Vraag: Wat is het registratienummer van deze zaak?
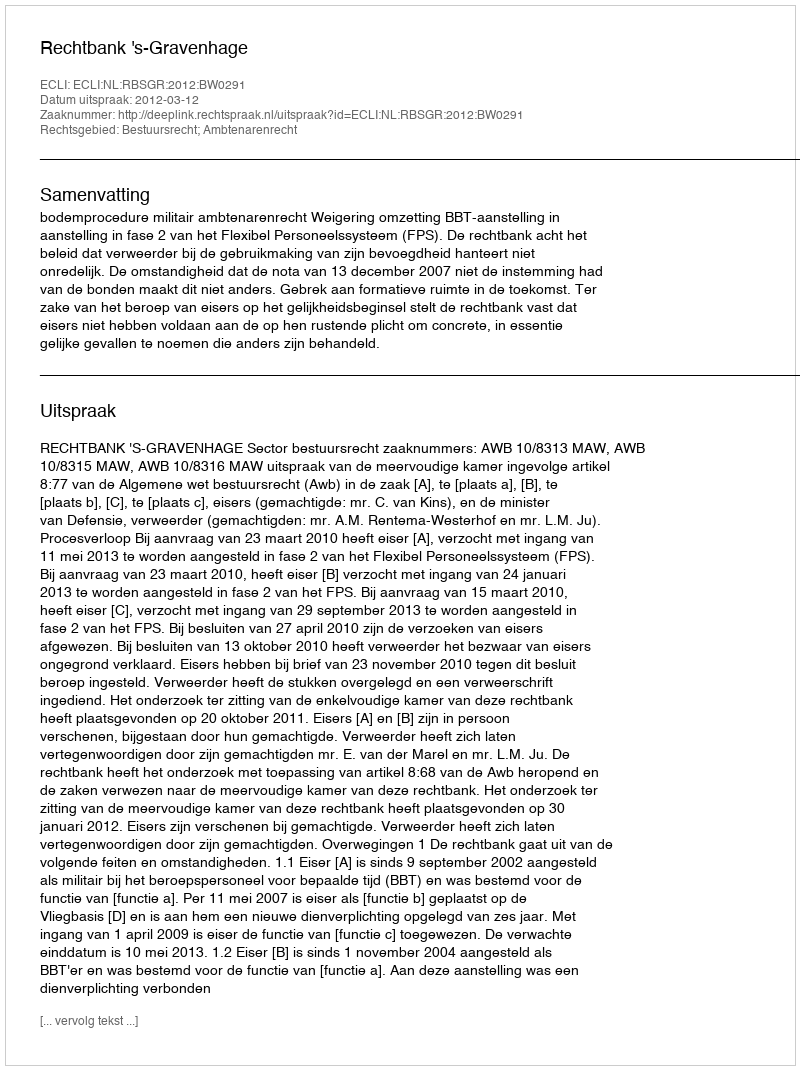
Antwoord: http://deeplink.rechtspraak.nl/uitspraak?id=ECLI:NL:RBSGR:2012:BW0291